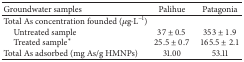
<table><thead><tr><td><b>Groundwater samples</b></td><td><b>Palihue</b></td><td><b>Patagonia</b></td></tr></thead><tbody><tr><td>Total As concentration founded (<i>μ</i>g·L<sup>−1</sup>)</td><td> </td><td> </td></tr><tr><td> Untreated sample</td><td>37 ± 0.5</td><td>353 ± 1.9</td></tr><tr><td> Treated sample*</td><td>25.5 ± 0.7</td><td>165.5 ± 2.1</td></tr><tr><td>Total As adsorbed (mg As/g HMNPs)</td><td>31.00</td><td>53.11</td></tr></tbody></table>